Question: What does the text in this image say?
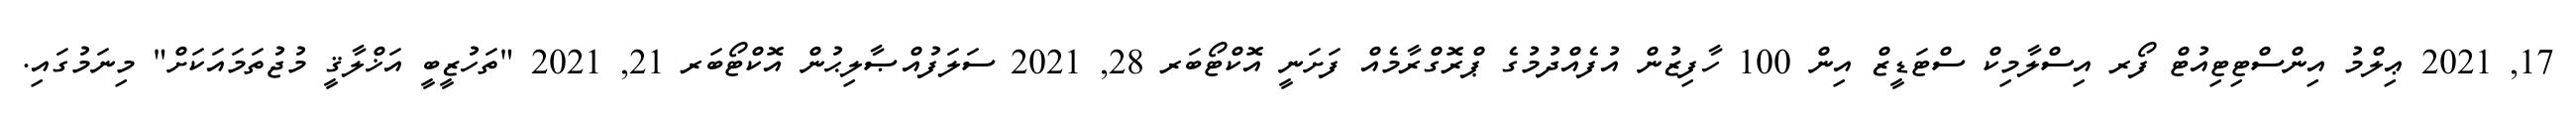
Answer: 17, 2021 ޢިލްމު އިންސްޓިޓިއުޓް ފޯރ އިސްލާމިކް ސްޓަޑީޒް އިން 100 ހާފިޒުން އުފެއްދުމުގެ ޕްރޮގްރާމެއް ފަށަނީ އޮކްޓޯބަރ 28, 2021 ސަލަފުއްޞާލިޙުން އޮކްޓޯބަރ 21, 2021 "ތަހުޒީބީ އަޚްލާޤީ މުޖުތަމައަކަށް" މިނަމުގައި.